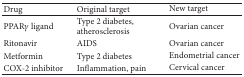
| Drug | Original target | New target |
 | --- | --- | --- |
 | PPARγ ligand | Type 2 diabetes, atherosclerosis | Ovarian cancer |
 | Ritonavir | AIDS | Ovarian cancer |
 | Metformin | Type 2 diabetes | Endometrial cancer |
 | COX-2 inhibitor | Inflammation, pain | Cervical cancer |